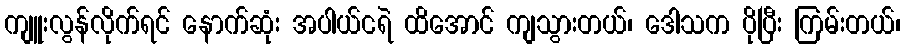
ကျူးလွန်လိုက်ရင် နောက်ဆုံး အပါယ်ငရဲ ထိအောင် ကျသွားတယ်၊ ဒေါသက ပိုပြီး ကြမ်းတယ်၊